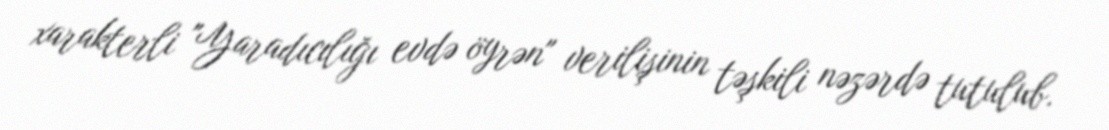
xarakterli "Yaradıcılığı evdə öyrən" verilişinin təşkili nəzərdə tutulub.